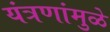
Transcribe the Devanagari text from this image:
यंत्रणांमुळे